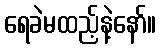
ရေခဲမထည့်နဲ့နော်။